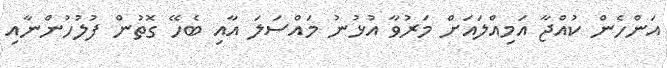
އަންހެން ކުއްޖާ އަމިއްލައަށް މަރުވާ އުޅުނު މައްސަލަ އާއި ބެހޭ ގޮތުން ފުލުހުންނާއި